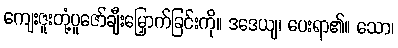
ကျေးဇူးတုံ့ပူဇော်ချီးမြှောက်ခြင်းကို။ ဒဒေယျ၊ ပေးရာ၏။ သော၊